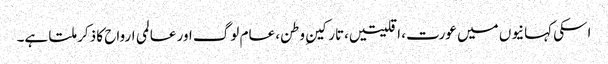
اسکی کہانیوں میں عورت، اقلیتیں،تارکینِ وطن، عام لوگ اور عالمی ارواح کا ذکر ملتا ہے۔